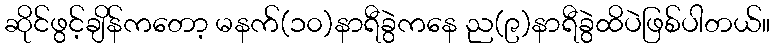
ဆိုင်ဖွင့်ချိန်ကတော့ မနက်(၁၀)နာရီခွဲကနေ ည(၉)နာရီခွဲထိပဲဖြစ်ပါတယ်။